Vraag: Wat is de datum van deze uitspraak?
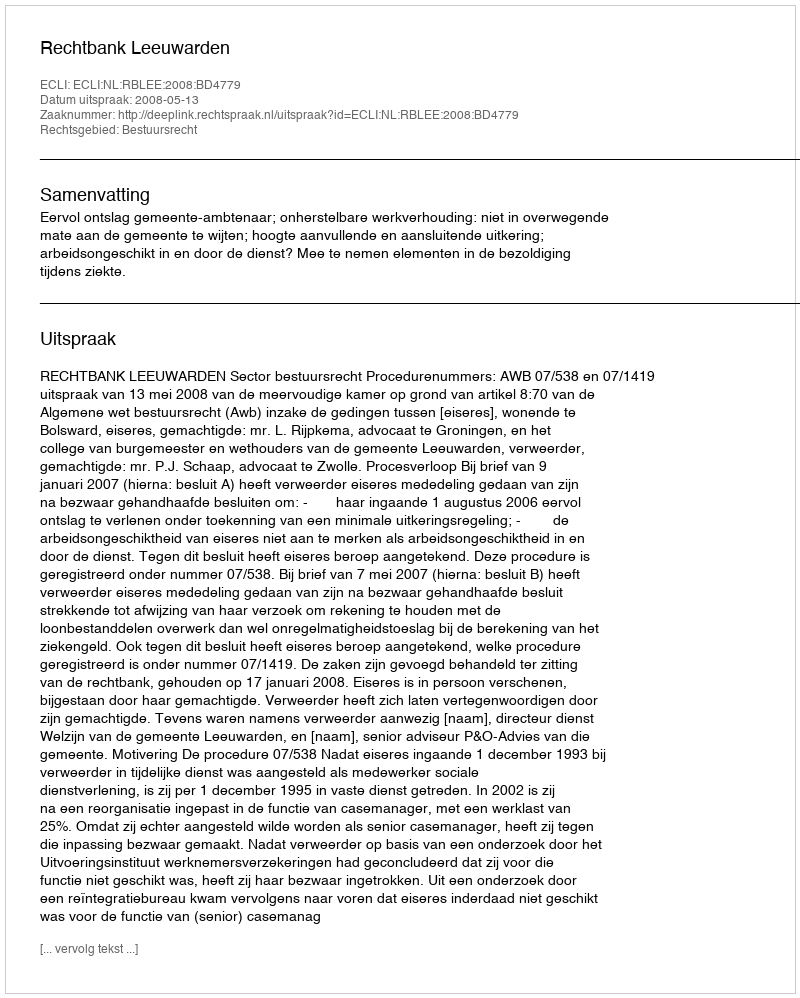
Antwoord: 2008-05-13